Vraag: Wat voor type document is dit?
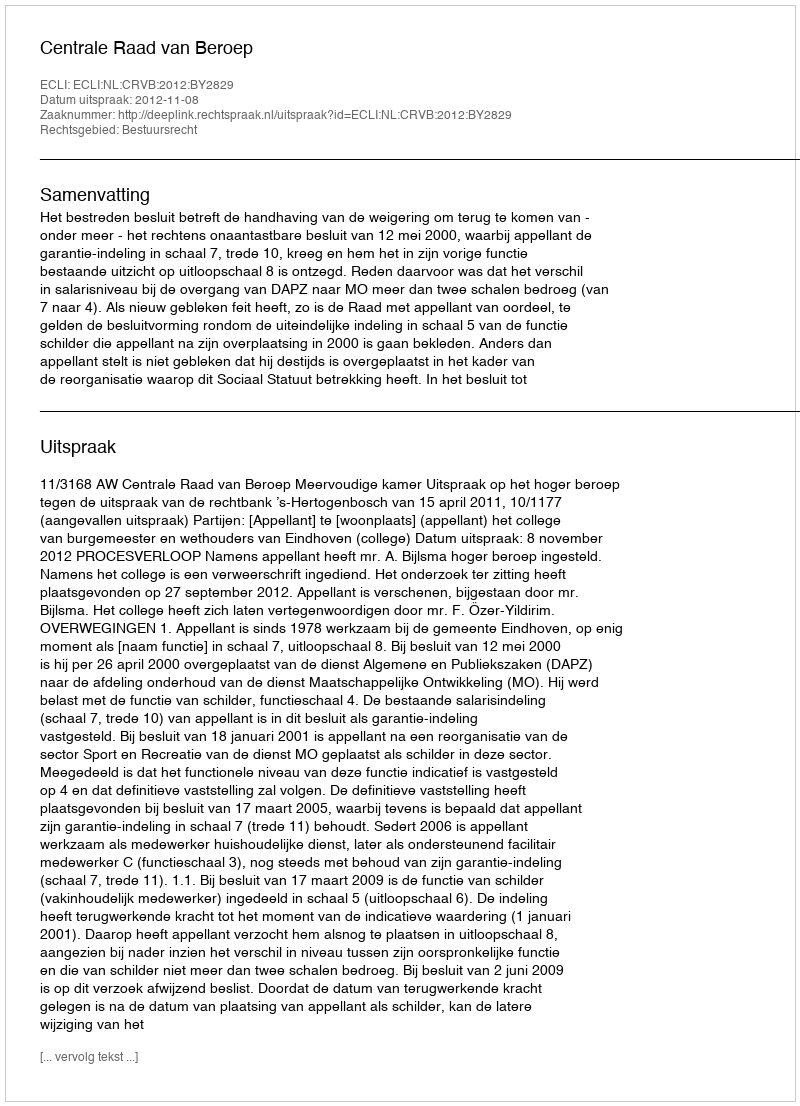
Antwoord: Uitspraak